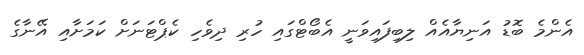
އެންމެ ބޮޑު އަނިޔާއެއް ލިބިފައިވަނީ އެބޯޓްގައި ހުރި ދިވެހި ކެޕްޓަނަށް ކަމަށާއި އޭނާގެ